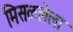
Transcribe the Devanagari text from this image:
मिसळलेला